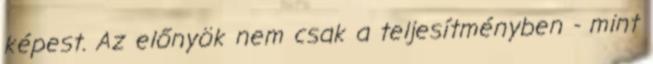
képest. Az előnyök nem csak a teljesítményben - mint